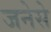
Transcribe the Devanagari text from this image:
जनेसे